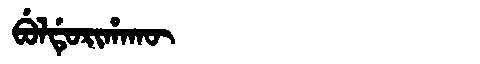
Manchu: ᠪᡠᠯᡩᡠᡵᡳᡥᠠᡴᡡ
Romanization: BULDURIHAKŪ